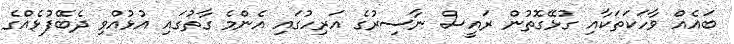
ބައެއް ވާހަކަތަކާއި ގުޅޭގޮތުން ރައީސް ނާސިރުގެ އަރިހުގައި އެންމެ ގާތުގައި އުޅުއްވި ދެބޭފުޅެއްގެ